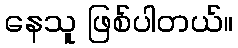
နေသူ ဖြစ်ပါတယ်။